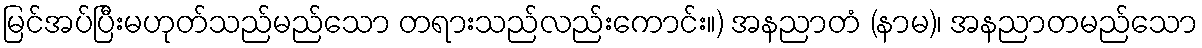
မြင်အပ်ပြီးမဟုတ်သည်မည်သော တရားသည်လည်းကောင်း။) အနညာတံ (နာမ)၊ အနညာတမည်သော